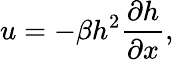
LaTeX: u=-\beta h^{2}\frac{\partial h}{\partial x},